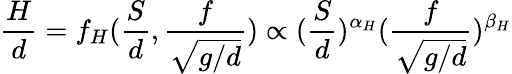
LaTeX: \frac{H}{d}=f_{H}(\frac{S}{d},\frac{f}{\sqrt{g/d}})\propto(\frac{S}{d})^{\alpha_{H}}(\frac{f}{\sqrt{g/d}})^{\beta_{H}}